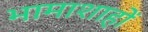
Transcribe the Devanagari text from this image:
भामाशाहों